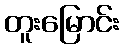
တူးမြောင်း